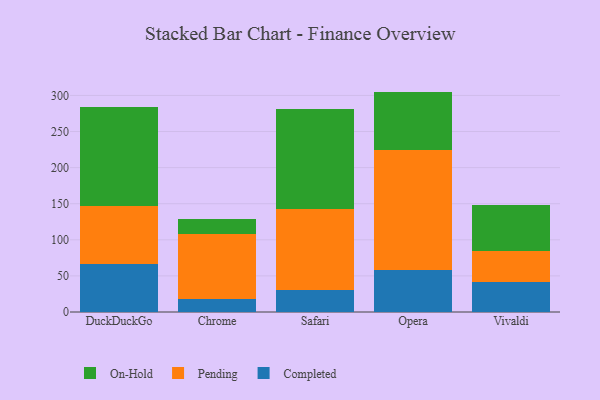
{"axis": {"x": "Browser", "y": "Production Output"}, "legend": ["Completed", "On-Hold", "Pending"], "data": [{"x": "DuckDuckGo", "y": 66.5, "type": "Completed"}, {"x": "DuckDuckGo", "y": 80.4, "type": "Pending"}, {"x": "DuckDuckGo", "y": 137.1, "type": "On-Hold"}, {"x": "Chrome", "y": 18.6, "type": "Completed"}, {"x": "Chrome", "y": 89.8, "type": "Pending"}, {"x": "Chrome", "y": 20.6, "type": "On-Hold"}, {"x": "Safari", "y": 30.6, "type": "Completed"}, {"x": "Safari", "y": 111.5, "type": "Pending"}, {"x": "Safari", "y": 139.2, "type": "On-Hold"}, {"x": "Opera", "y": 58.2, "type": "Completed"}, {"x": "Opera", "y": 166.1, "type": "Pending"}, {"x": "Opera", "y": 81.0, "type": "On-Hold"}, {"x": "Vivaldi", "y": 41.5, "type": "Completed"}, {"x": "Vivaldi", "y": 43.2, "type": "Pending"}, {"x": "Vivaldi", "y": 63.5, "type": "On-Hold"}]}